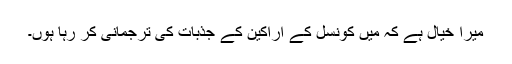
میرا خیال ہے کہ مَیں کونسل کے اراکین کے جذبات کی ترجمانی کر رہا ہوں۔